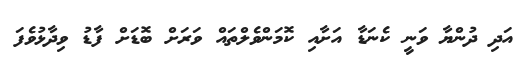
އަދި ދުންޔާ ވަނީ ކެނަޑާ އަށާއި ކޮމަންވެލްތައް ވަރަށް ބޮޑަށް ފާޑު ވިދާޅުވެފަ